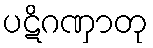
ပဋိဂဏှာတု